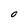
Character: 0